Report on sanitation, dispensaries, and jails in Rajputana for 1914, and on vaccination for the year 1914-1915 - 1914-1915
Year: 1914
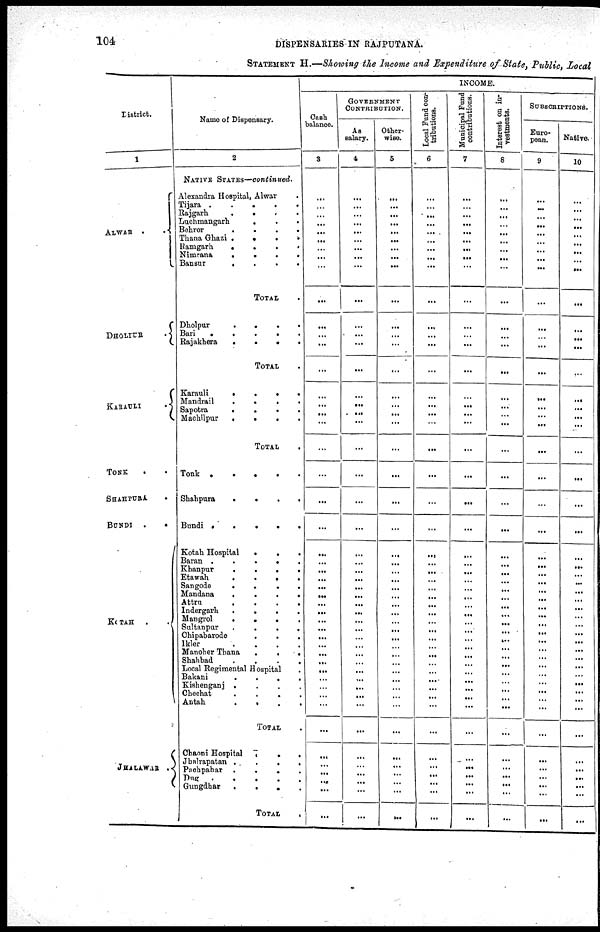
104
DISPENSARIES IN RAJPUTANA.
STATEMENT H.—Showing the Income and Expenditure of State, Public, Local
District.
1
DHOLPUR
.
KARAULI
.
TONK . .
SHAHPURA
.
BUNDI .
.
KOTAH .
.
JHALAWAR
Name of Dispensary.
2
NATIVE STATES—continued.
Alexandr'a Hospital, Alwar
Tijara .
.
.
.
.
Rajgarh
.
.
.
.
Luchmangarh
.
.
.
Bohror
....
Thana Ghazi .
.
.
.
Uamgarh
.
.
.
.
Nimrana
.
.
.
.
Bansur
....
TOTAL .
Dholpur
.
.
.
.
Bari
.
.
.
.
Rajakhera
.
.
.
.
TOTAL
Karauli
.
.
.
.
Mandrail
.
.
.
.
Sapotra
....
Machilpur
.
.
.
TOTAL
Tonk .
.
.
.
.
Shahpura
.
.
.
.
Bundi .
.
.
.
.
Kotah Hospital
.
.
.
Baran
.....
Khanpur
....
Etawah
.
.
.
.
Sangode . . . .
Mandana
....
Attra
....
lndergarh
....
Mangrol
.
.
.
Sultanpor
....
Chipabarode
.
.
.
Ikler
. . . .
Manohar Thana . . .
Shahbad
. . . .
Local Regimental Hospital
Bakani
.
.
.
.
Kishenganj .
Chechat
. . . .
Antah
. . . .
TOTAL .
Chaoni Hospital
.
.
.
Jhalrapatan .
.
.
.
Pachpahar .
.
.
.
Dug
. . . .
Gungdhar
.
.
.
.
TOTAL
INCOME.
Cash
balance.
3
...
...
...
...
...
...
...
... ...
...
...
...
...
...
...
...
...
...
...
...
...
...
...
...
...
...
...
...
...
...
...
...
...
...
...
...
...
...
...
...
...
...
...
...
...
...
...
...
GOVERNMENT
CONTRIBUTION.
As
salary.
4
...
...
...
...
...
...
...
...
...
...
...
...
...
...
...
...
...
...
...
...
...
...
...
...
...
...
...
...
...
...
...
...
...
...
...
...
...
...
...
...
...
...
...
...
...
...
...
...
Other-
wise.
5
...
...
...
...
...
...
...
...
...
...
...
...
...
...
...
...
...
...
...
...
...
...
...
...
...
...
...
...
...
...
...
...
...
...
...
...
...
...
...
...
...
...
...
...
...
...
...
...
Local Fund contributions.
6
...
...
...
...
...
...
...
... ...
...
...
...
...
...
...
...
...
...
...
...
...
...
...
...
...
...
...
...
...
...
...
...
...
...
...
... ...
...
...
...
...
...
...
...
...
...
...
...
Municipal Fund
contributions.
7
...
...
...
...
...
...
...
...
...
...
...
...
...
...
...
...
...
...
...
...
...
...
...
...
...
...
...
...
...
...
...
...
...
...
...
...
...
...
...
...
...
...
...
...
...
...
...
...
Interest on investments.
8
...
...
...
...
...
...
...
... ...
...
...
...
...
...
...
...
...
...
...
...
...
...
...
...
...
...
...
...
...
...
...
...
...
...
...
...
...
...
...
...
...
...
...
...
...
...
...
...
SUBSCRIPTIONS.
European.
9
...
...
...
...
...
...
...
...
...
...
...
...
...
...
...
...
...
...
...
...
...
...
...
...
...
...
...
...
...
...
...
...
...
...
...
... ...
...
...
...
...
...
...
...
...
...
...
...
Native.
10
...
...
...
...
...
...
...
...
...
...
...
...
...
...
...
...
...
...
...
...
...
...
...
...
...
...
...
...
...
...
...
...
...
...
...
... ...
...
...
...
...
...
...
...
...
...
...
...